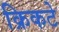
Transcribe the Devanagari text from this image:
क्रिकटे